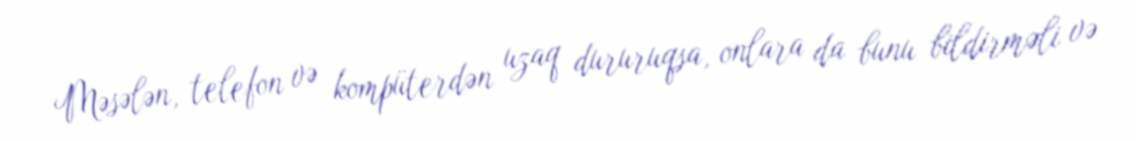
Məsələn, telefon və kompüterdən uzaq dururuqsa, onlara da bunu bildirməli və